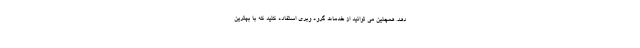
دهد. همچنین می توانید از خدمات گروه وبری استفاده کنید که با بهترین